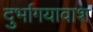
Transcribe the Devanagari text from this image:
दुर्भागयावाश